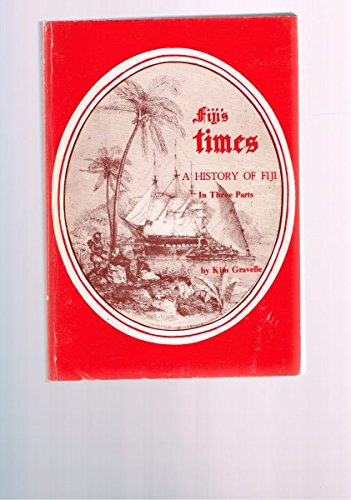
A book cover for Fiji's Times - A History Of Fiji In Three Parts; Kim Gravelle; History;